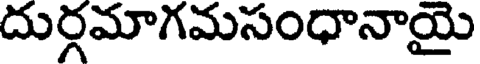
దుర్గమాగమసంధానాయై